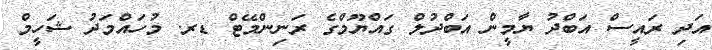
އަދި ރައީސް އަބްދު ޔާމީން އަބްދުލް ގައްޔޫމްގެ ރަނިންމޭޓް ޑރ. މުހައްމަދު ޝަހީމް